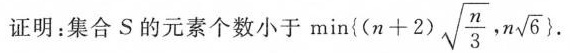
证明：集合S的元素个数小于min{(n+2)\sqrt{\frac{n}{3}},n\sqrt{6}}.